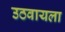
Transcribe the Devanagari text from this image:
उठवायला